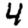
Digit: 4